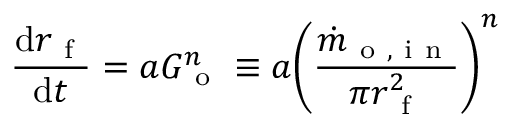
\frac { \mathrm { d } r _ { \mathrm { ~ f ~ } } } { \mathrm { d } t } = a G _ { \mathrm { ~ o ~ } } ^ { n } \equiv a \bigg ( \frac { \dot { m } _ { \mathrm { ~ o ~ , ~ i ~ n ~ } } } { \pi r _ { \mathrm { ~ f ~ } } ^ { 2 } } \bigg ) ^ { n }